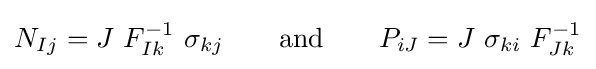
N_{Ij}=J~F_{Ik}^{-1}~\sigma _{kj}\qquad {\text{and}}\qquad P_{iJ}=J~\sigma _{ki}~F_{Jk}^{-1}